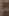
24